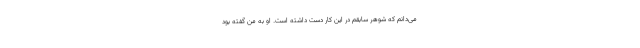
می‌دانم که شوهر سابقم در این کار دست داشته است. او به من گفته بود